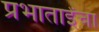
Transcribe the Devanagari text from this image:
प्रभाताईंचा